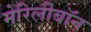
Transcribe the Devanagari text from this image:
मेरिलीबॉन